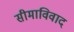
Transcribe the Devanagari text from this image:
सीमाविवाद